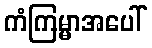
ကံကြမ္မာအပေါ်